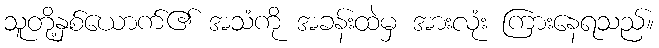
သူတို့နှစ်ယောက်၏ အသံကို အခန်းထဲမှ အားလုံး ကြားနေရသည်။